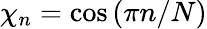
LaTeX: \chi_{n}=\textrm{cos}\left(\pi n/N\right)